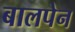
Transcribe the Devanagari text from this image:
बालपेन